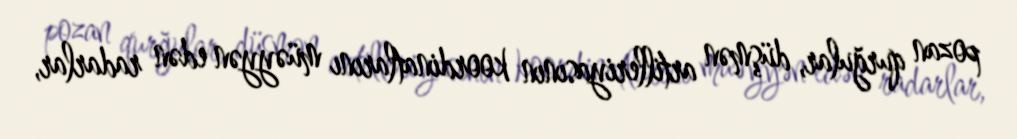
pozan qurğular, düşmən artilleriyasının koordinatlarını müəyyən edən radarlar,